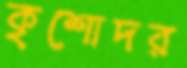
কৃশোদর